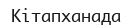
Кітапханада